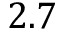
2 . 7